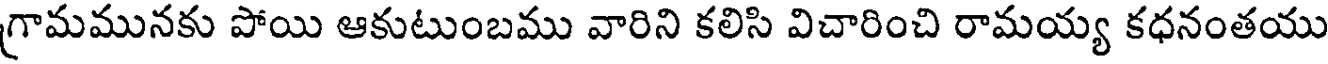
గ్రామమునకు పోయి ఆకుటుంబము వారిని కలిసి విచారించి రామయ్య కధనంతయు